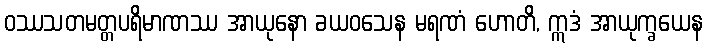
ဝဿသတမတ္တပရိမာဏဿ အာယုနော ခယဝသေန မရဏံ ဟောတိ, ဣဒံ အာယုက္ခယေန